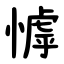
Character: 㦆